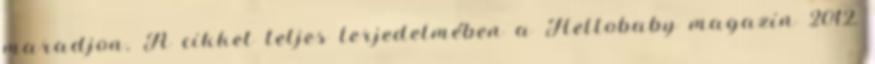
maradjon. A cikket teljes terjedelmében a Hellobaby magazin 2012.